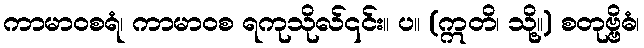
ကာမာဝစရံ၊ ကာမာဝစ ရကုသိုလ်၎င်း။ ပ။ (ဣတိ၊ သို့။) စတုဗ္ဗိဓံ၊